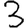
Digit: 3